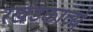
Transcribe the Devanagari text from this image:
रखंडकाव्ये